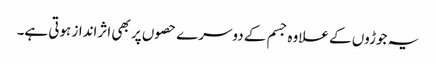
یہ جوڑوں کے علاوہ جسم کے دوسرے حصوں پر بھی اثرانداز ہوتی ہے۔